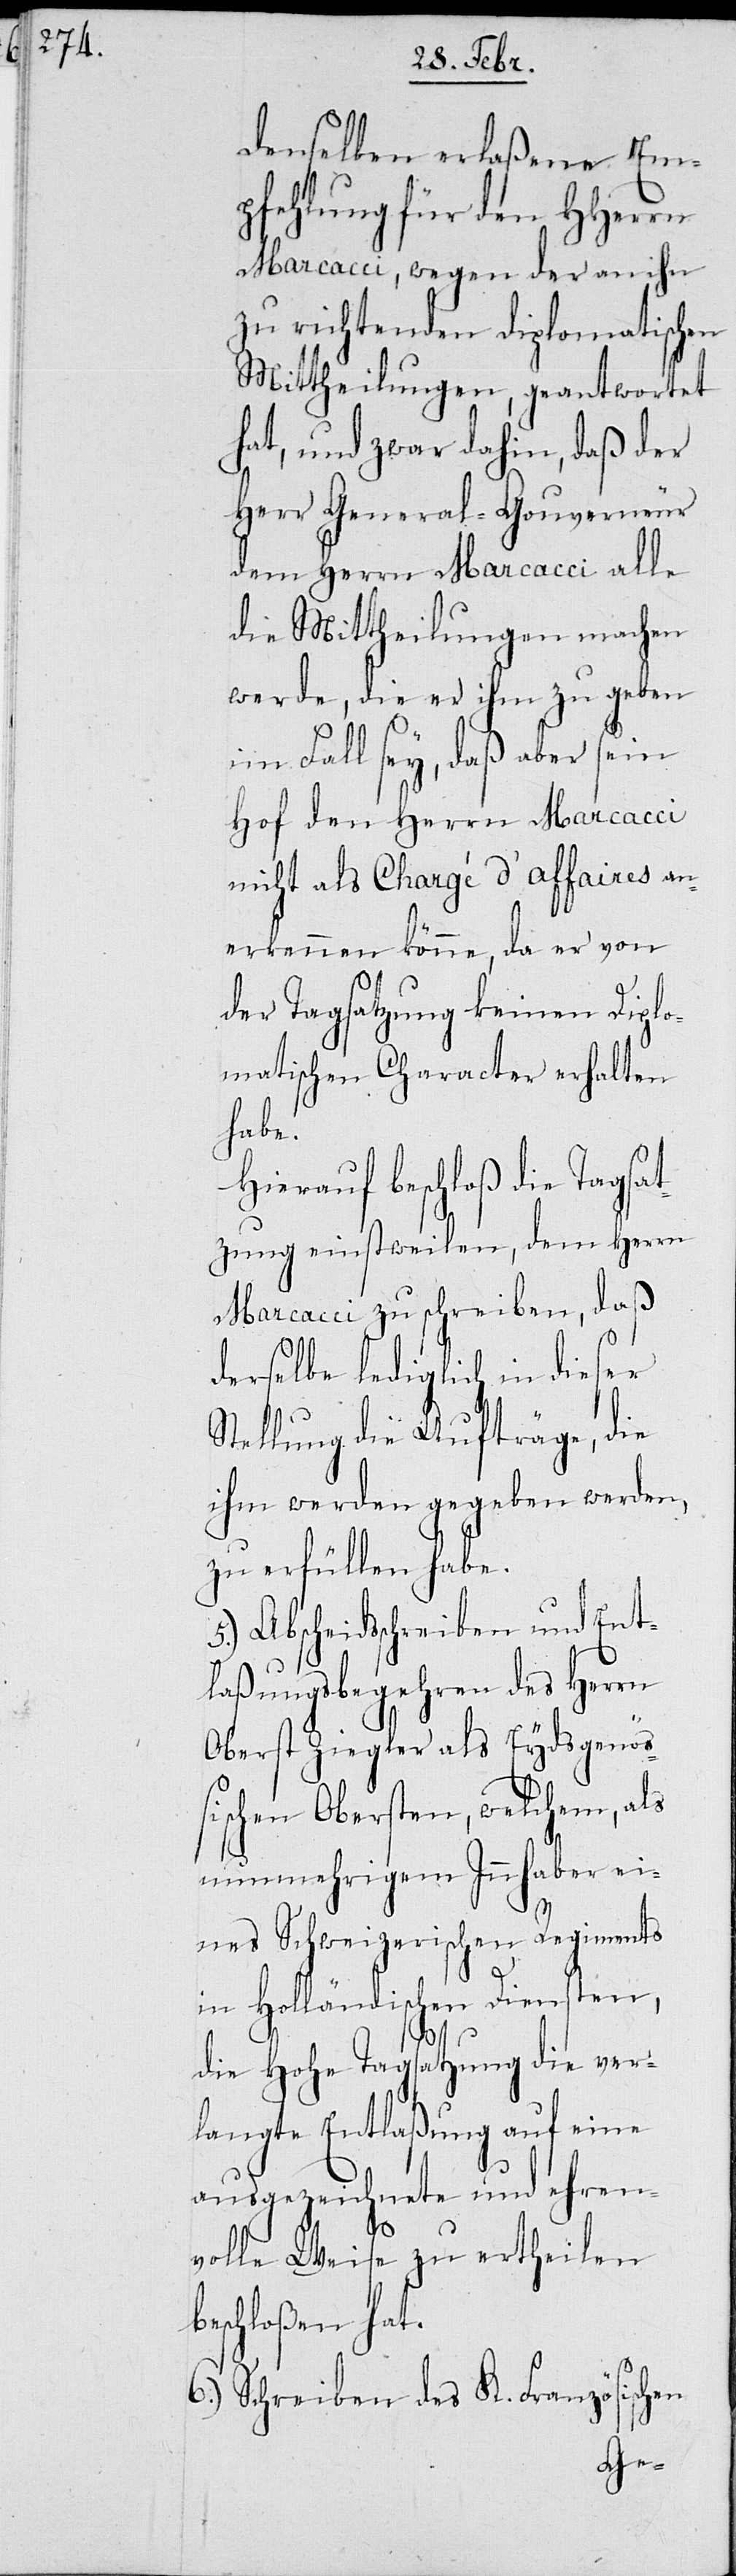
denselben erlaßene Em¬
pfehlung für den HHerrn
Marcacci, wegen der an ihn
zu richtenden diplomatisch¬
Mittheilungen, geantwortet
hat, und zwar dahin, daß der
HHerr General-Gouverneur
dem HHerrn Marcacci alle
die Mittheilungen machen
werde, die er ihm zu geben
im Fall sey, daß aber sein
Hof den Herrn Marcacci
nicht als Chargé d’affaires an¬
erkennen könne, da er von
der Tagsatzung keinen Diplo¬
matischen Character erhalten
habe.
Hierauf beschloß die Tagsat¬
zung einstweilen, dem HHerrn
Marcacci zu schreiben, daß
derselbe lediglich in dieser
Stellung die Aufträge, die
ihm werden gegeben werden,
zu erfüllen habe.
5.) Abscheidsschreiben und Ent¬
laßungsbegehren des Herrn
Oberst Ziegler als Eydsgenöß¬
ischen Obersten, welchem, als
nunmehrigem Inhaber ei¬
nes Schweizerischen Regiments
theilen
Holländischen
ehr¬
die Hohe Tagsatzung
langte Entlaßung
ausgezeichnete
volle Weise zu er¬
beschloßen hat.
6.) Schreiben des K. Französischen